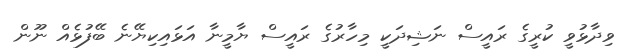
ވިދާޅުވީ ކުރީގެ ރައީސް ނަޝިދަކީ މިހާރުގެ ރައީސް ޔާމީނާ އަޅައިކިޔޭނެ ބޭފުޅެއް ނޫން